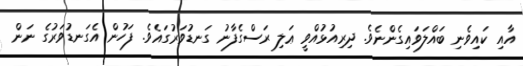
އާއި ކައިވެނި ބައްލަވައިގެންނެވެ. ދިރިއުޅުއްވީ ޢަލި ރަސްގެފާނު ގަނޑުވަރުގައެވެ. ފަހުން އެގަނޑުވަރުގެ ނަން